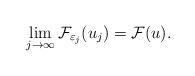
LaTeX: \begin{align*}\lim_{j \to \infty} {\mathcal F}_{\varepsilon_j}(u_j) = \mathcal{F}(u). \end{align*}